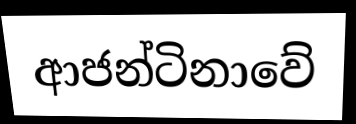
ආජන්ටිනාවේ